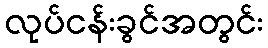
လုပ်ငန်းခွင်အတွင်း